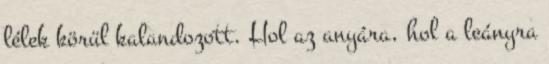
lélek körül kalandozott. Hol az anyára, hol a leányra